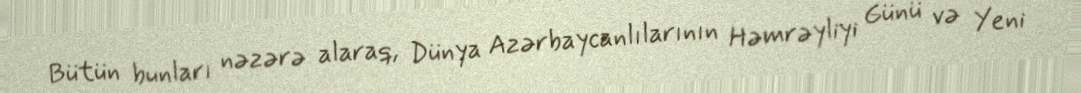
Bütün bunları nəzərə alaraq, Dünya Azərbaycanlılarının Həmrəyliyi Günü və Yeni